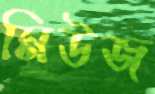
মিউজ